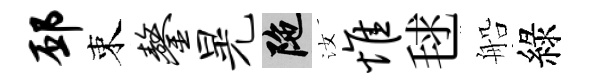
邳束鏊晃陀汝惟毬船綠